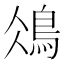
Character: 𩿕